Kominterni_Eesti_sektsioon_Moskvas, lk 8
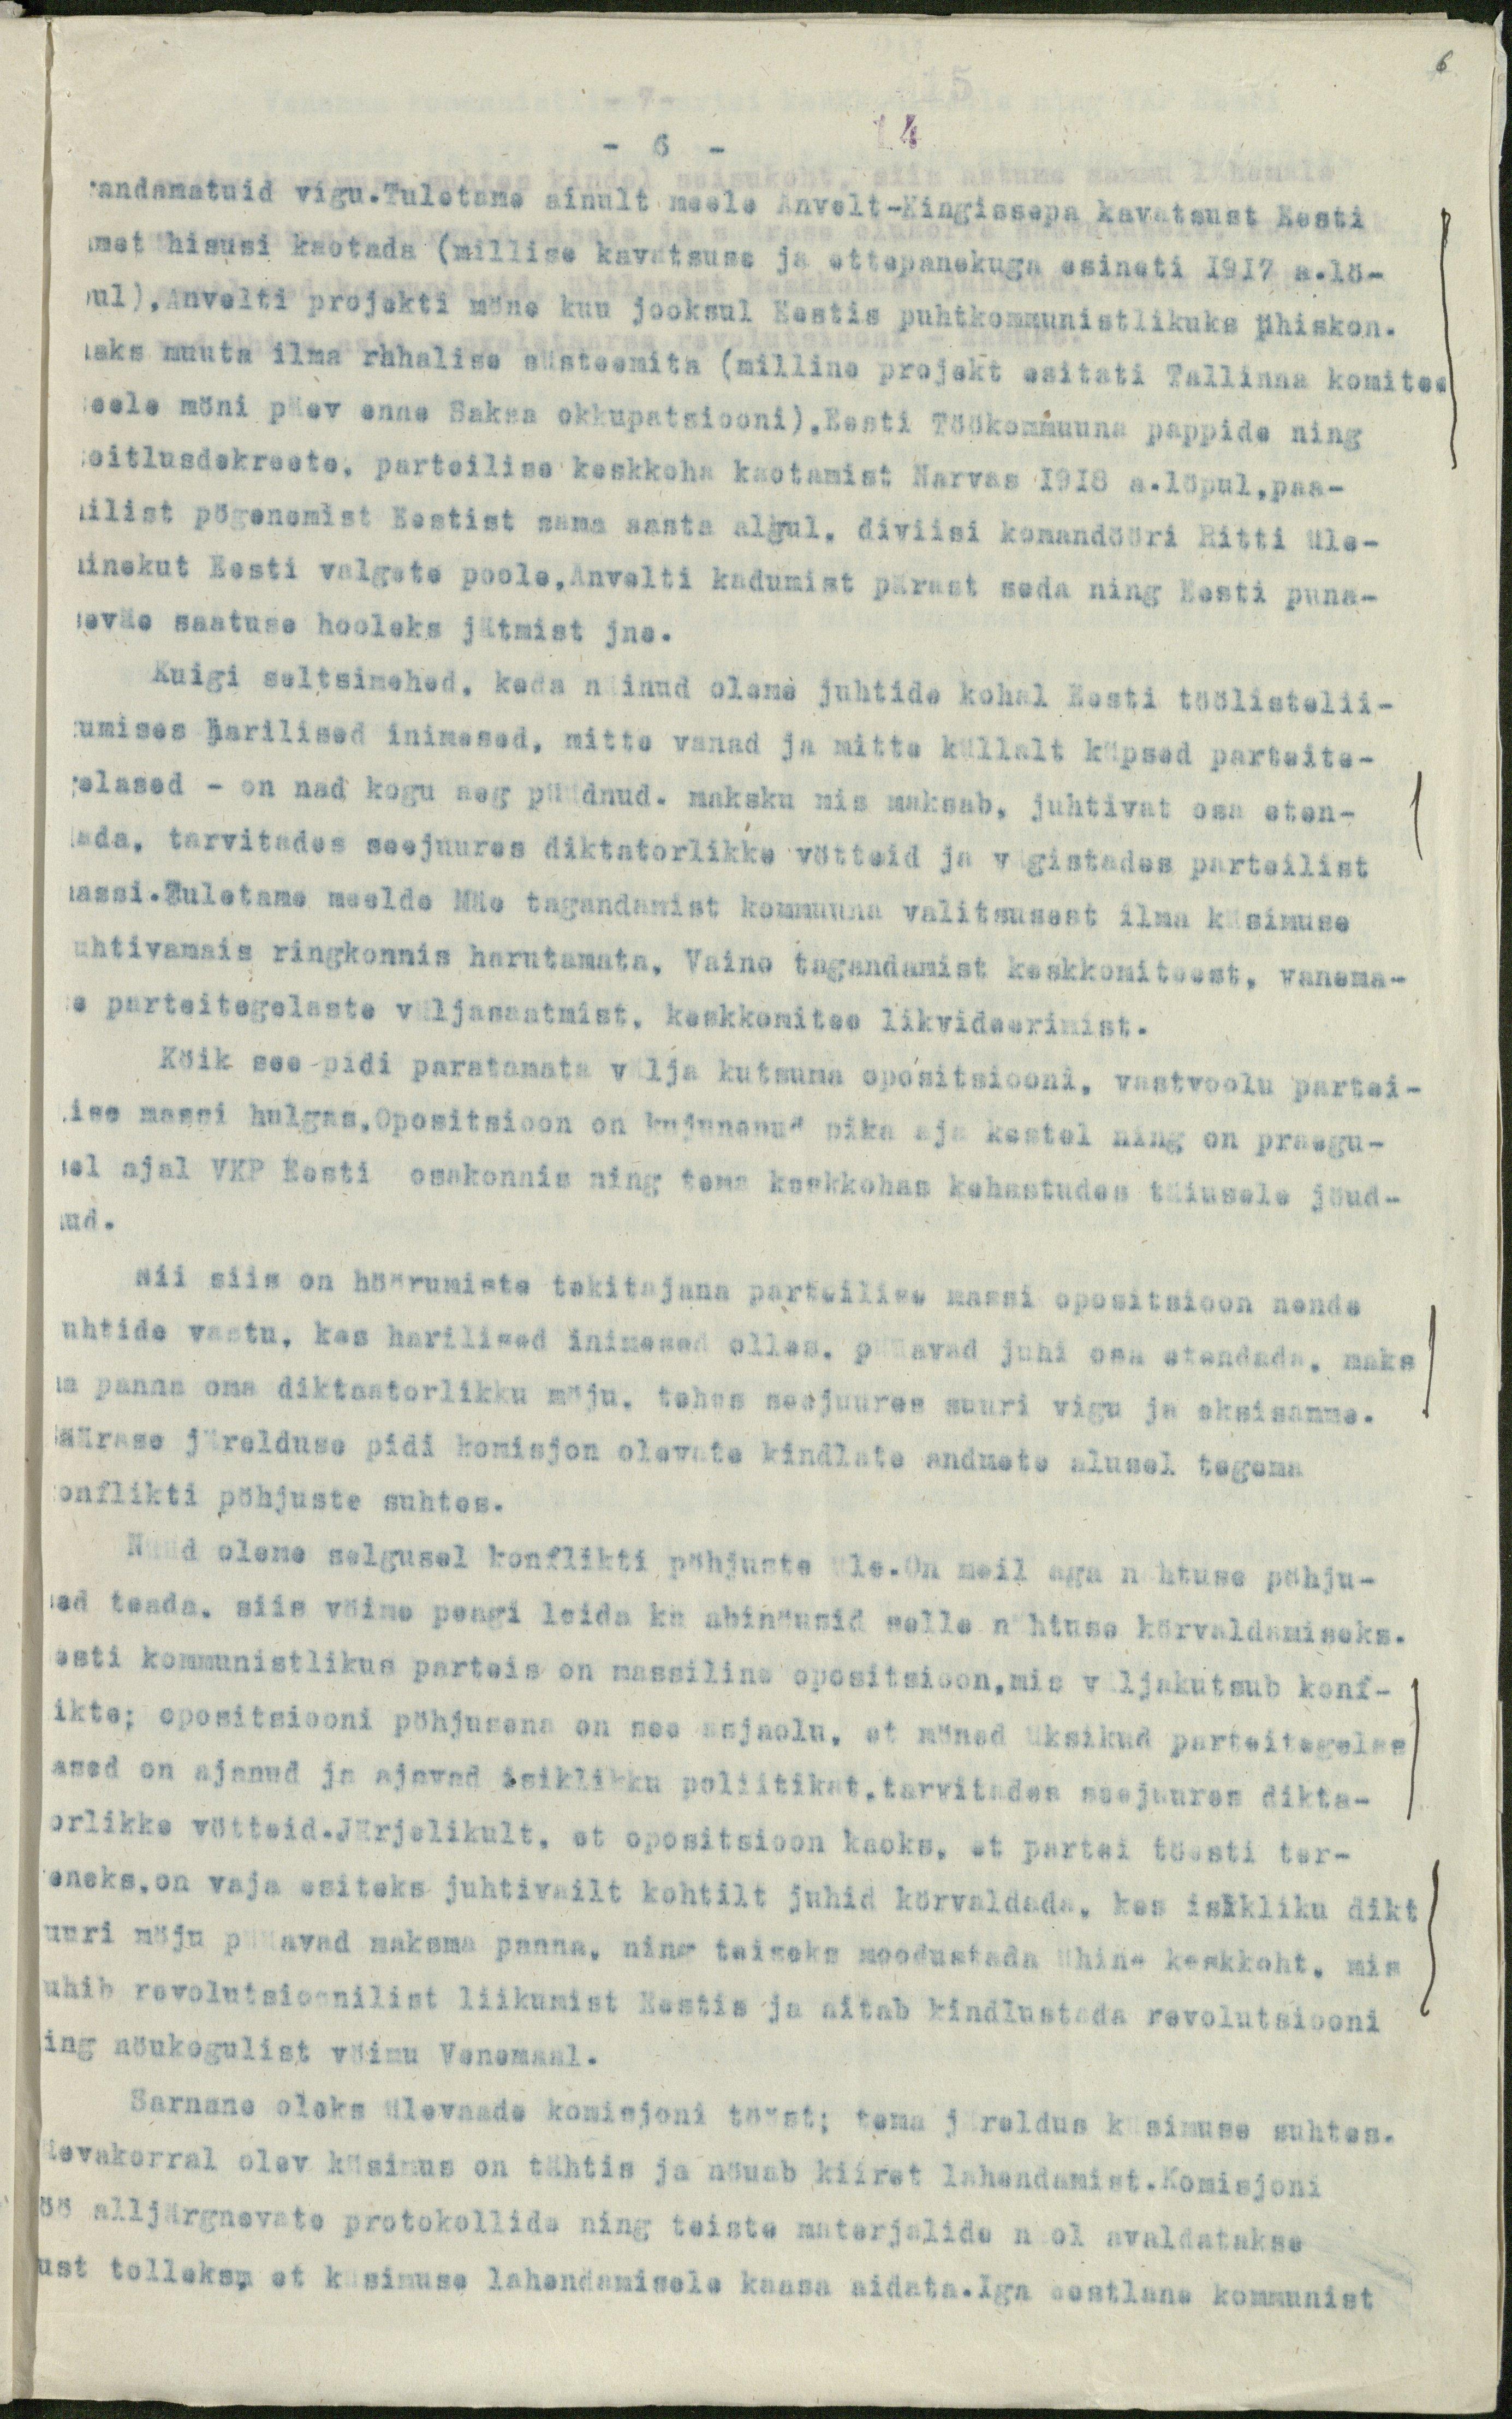
6

14
- 6 -
andamatuid vigu.Tuletame ainult meele Anvelt-Kingissepa kavatsust Eesti
metühisusi kaotada (millise kavatsuse ja ettepanekuga esineti 1917 a.lö-
pul),Anvelti projekti möne kuu jooksul Eestis puhtkommunistlikuks ühiskon.
naks muuta ilma rahalise süsteemita (milline projekt esitati Tallinna komitee
eele möni päev enne Saksa okkupatsiooni), Eesti Töökommuuna pappide ning
eitlusdekreete, parteilise keskkoha kaotamist Narvas 1918 a. löpul,paa-
nilist pögenemist Eestist sama aasta algul, diviisi komandööri Ritti üle-
minekut Eesti valgete poole, Anvelti kadumist pärast seda ning Eestis puna-
aväe saatuse hooleks jätmist jne.
Kuigi seltsimehed, keda näinud olema juhtide kohal Eesti töölistelii-
kumises harilised inimesed, mitte vanad ja mitte küllalt küpsed parteite-
gelased - on nad kogu aeg püüdnud. maksku mis maksab, juhtivat osa eten-
dada, tarvitades seejuures diktatorlikke vötteid ja vägistades parteilist
massi.Tuletame meelde Mäe tagandamist kommuuna valitsusest ilma küsimuse
uhtivamais ringkonnis harutamata, Vaino tagandamist keskkomiteest, vanema-
te parteitegelaste väljasaatmist, keskkomitee likvideerimist.
Köik see pidi paratamata välja kutsuma opositsiooni, vastvoolu partei-
lise massi hulgas.Opositsioon on kujunenud pika aja kestel ning on praegu-
sel ajal VKP Eesti osakonnis ning tema keskkohas kehastudes täiusele jöud-
nud.
Nii siis on höörumiste takitajana parteilise massi opositsioon nende
uhtide vastu, kes harilised inimesed olles, püüavad juhi osa etendada, maks
ma panna oma diktaatorlikku mõju, tehes seejuures suuri vigu ja eksisamme.
Säärase järelduse pidi komisjon olevate kindlate andmete alusel tegema
onflikti pöhjuste suhtes.
Nüüd oleme selgusel konflikti pöhjuste üle.On meil aga nähtuse pöhju-
sed teada, siis vöime peagi leida ka abinöusid selle nähtuse körvaldamiseks.
esti kommunistlikus parteis on massiline opositsioon,mis väljakutsub konf-
ikte; opositsiooni pöhjusena on see asjaolu, et möned üksikud parteitegelas
ased on ajanud ja ajavad isiklikku poliitikat, tarvitades seejuures dikta-
orlikke võtteid.Järjelikult, et opositsioon kaoks, et partei töesti ter-
eneks, on vaja esiteks juhtivailt kohtilt juhid körvaldada, kes isikliku dikt
uuri möju püüavad maksma panna, ning teiseks moodustada ühine keskkoht, mis
uhib revolutsioonilist liikumist Eestis ja aitab kindlustada revolutsiooni
ing nöukogulist võimu Venemaal.
Sarnane oleks ülevaade komisjoni tööst; tema järeldus küsimuse suhtes.
äevakorral olev küsimus on tähtis ja nöuab kiiret lahendamist.Komisjoni
öö alljärgnevate protokollide ning teiste materjalide näol avaldatakse
ust tolleks, et küsimuse lahendamisele kaasa aidata.Iga eestlane kommunist